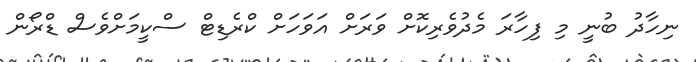
ނިހާދު ބުނީ މި ފިހާރަ މެދުވެރިކޮށް ވަރަށް އަވަހަށް ކްރެޑިޓް ސްކީމަށްވެސް ޑްރޯން